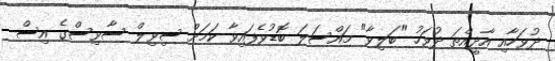
ދުވަހާއި އާދީއްތަ ދުވަހު "ބަލިވާ" މައްސަލަ ބޮޑުވެފައިވާ ކަމަށް ސިވިލް ސާވިސްގެ އިސް